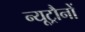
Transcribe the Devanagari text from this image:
न्यूट्रौनों